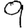
Digit: 9